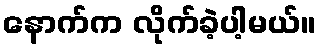
နောက်က လိုက်ခဲ့ပါ့မယ်။